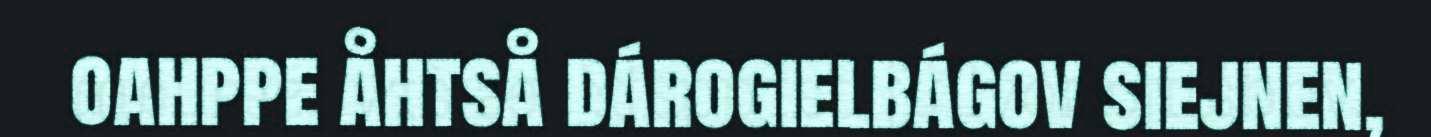
oahppe åhtså dárogielbágov siejnen,